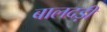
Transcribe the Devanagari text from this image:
बालदड़ी